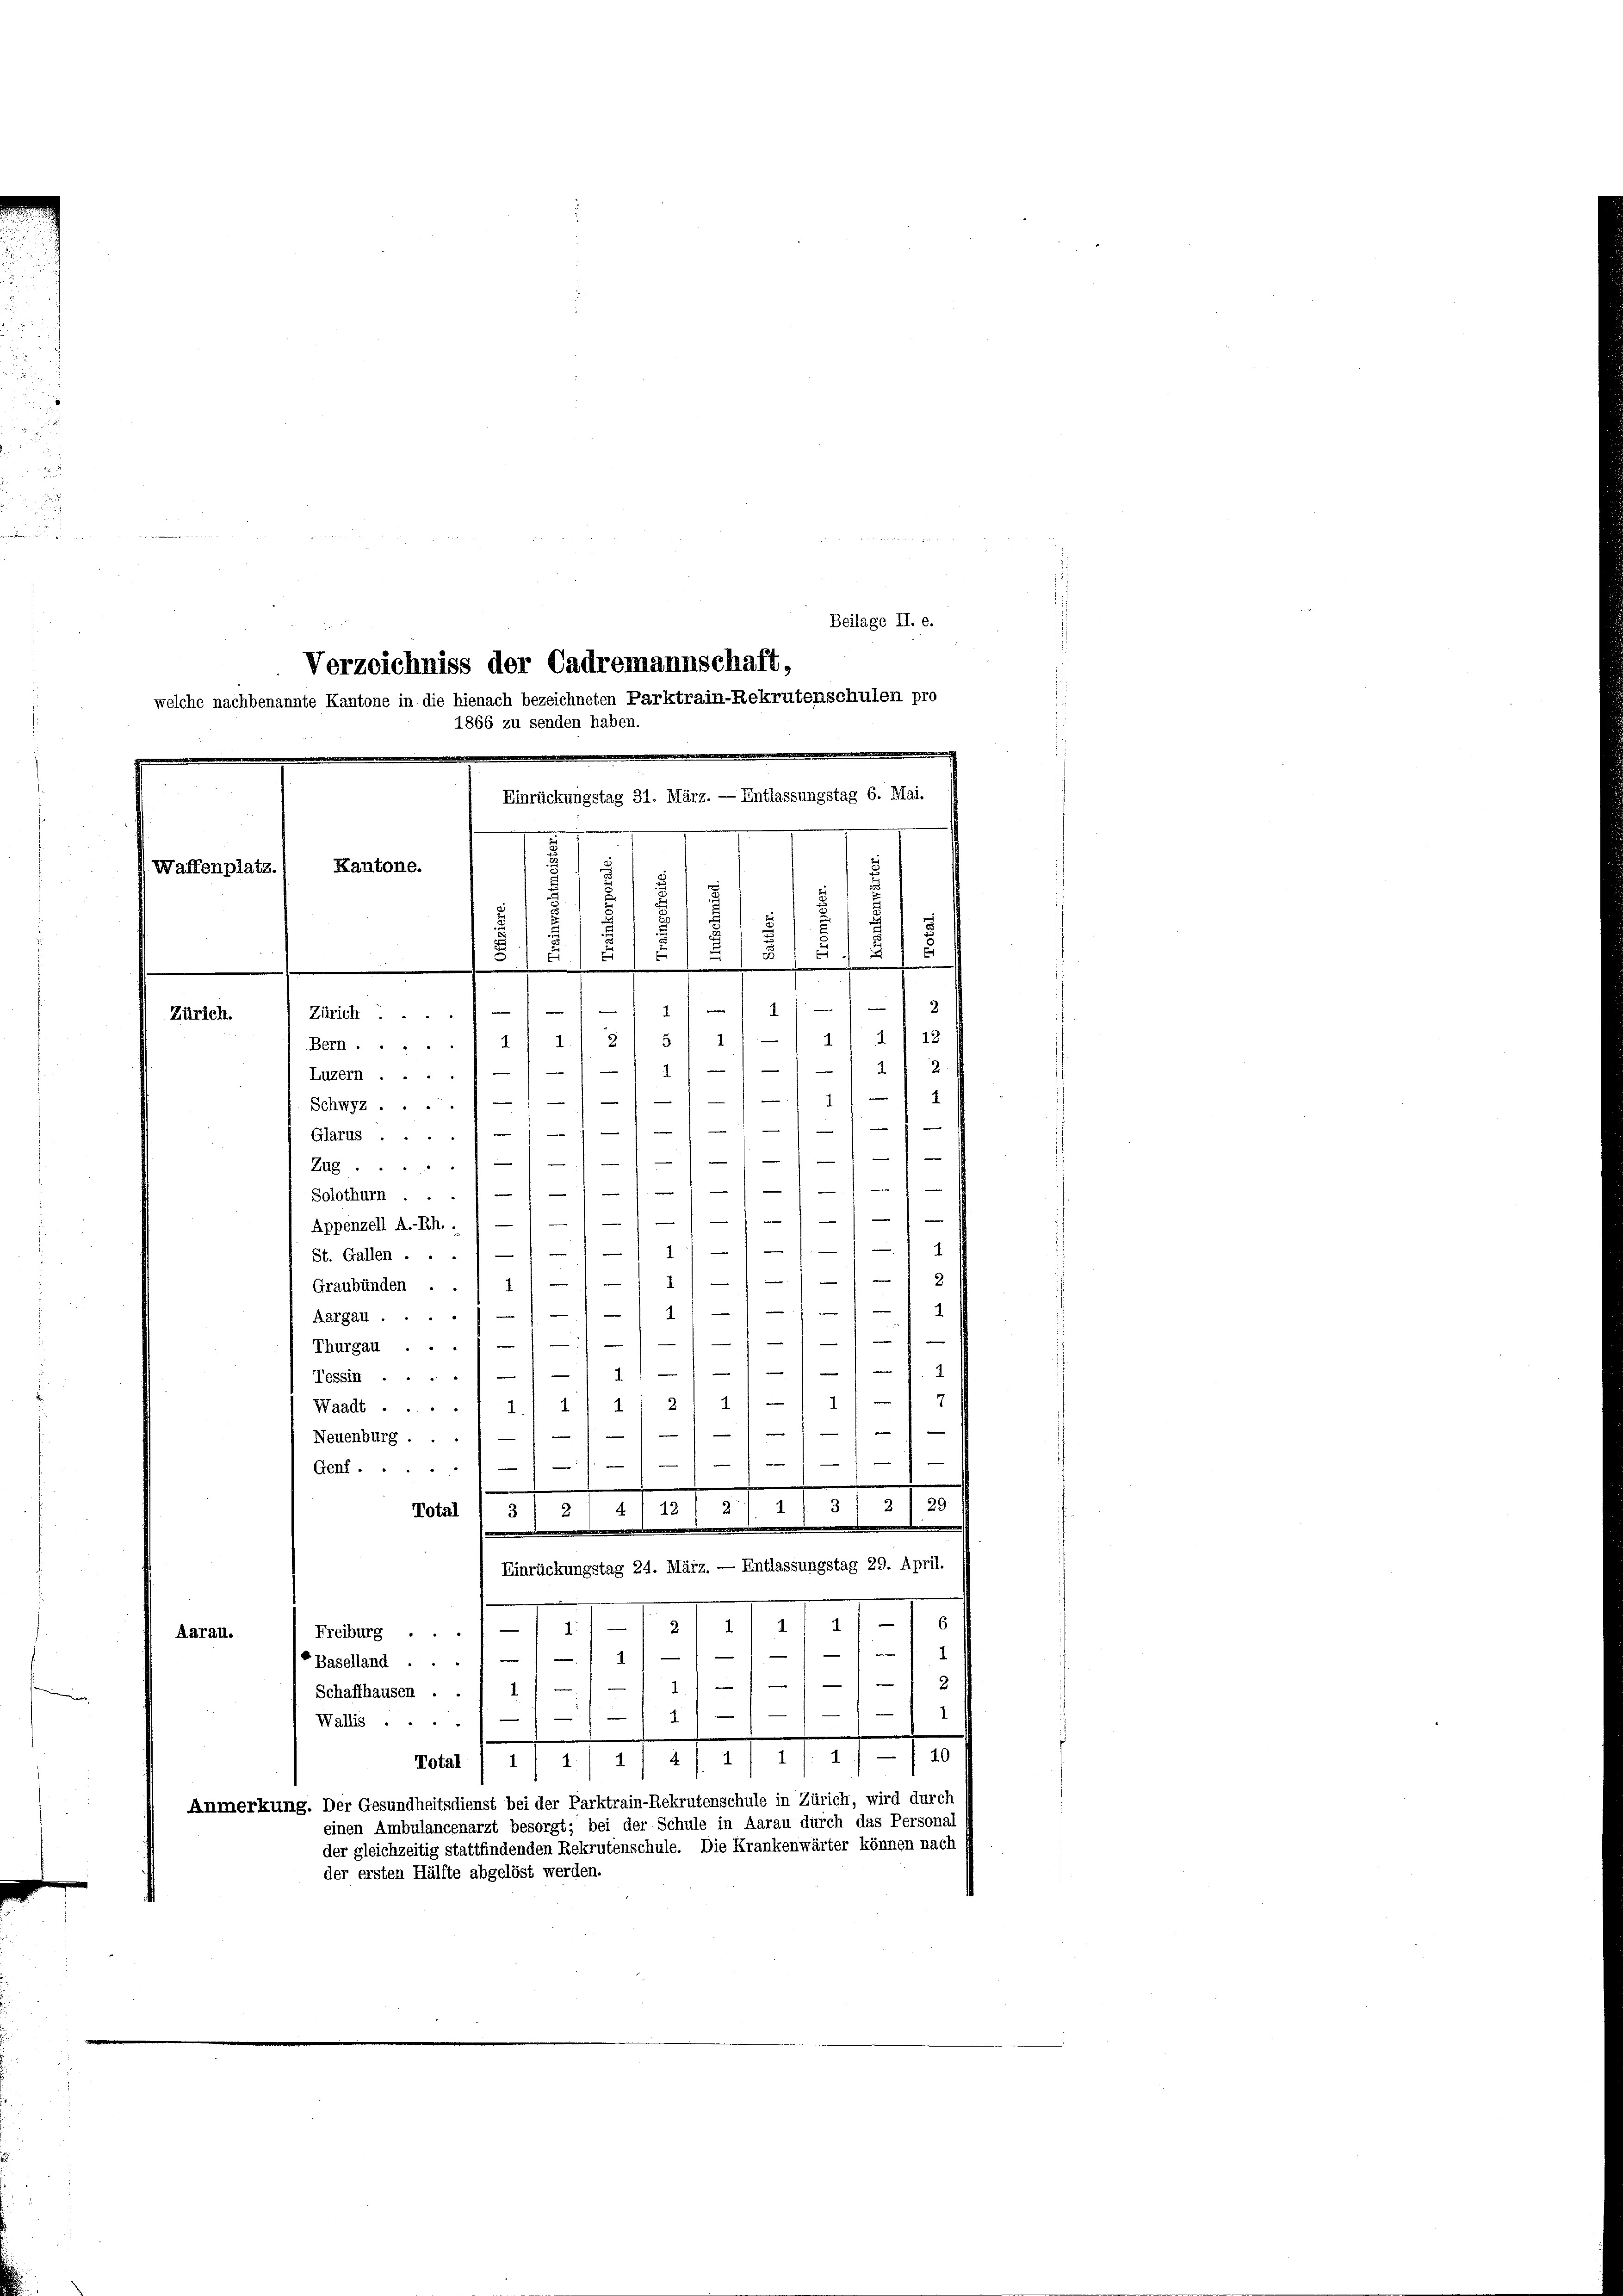
Beilage II. e.

Verzeichniss der Cadremannschaft,
welche nachbenannte Kantone in die hienach bezeichneten Parktrain-Rekrutenschulen pro
1866 zu senden haben.
Einrückungstag 31. März. — Entlassungstag 6. Mai.
e

Kantone.
Waffenplatz.
d
f
d
.
)
.
3
—
|
1
e
Zürich.
Zürich.
14 " 12
2
4
Bern.....

Luzern....
1
1
Schwyz)  1

Glarus

n
Zug. 1
Solothurn./11/1

Appenzell A.-Rh. .
1

St. Gallen ...
2.

1
e
Graubünden . . 11
e
1 11
Aargau.
Thurgau ...///-1 - 11/1
Tessin./// 1/ — 1 - - - -
d./ 4) u 2 1/ -) 1/
Waadt .....
1

Neuenburg . .
1

Genf
s
2
3
29
1
4 I 121 2
Mart. 1575
Einrückungstag 24. März. — Entlassungstag 29. April.
6
II
2.
.
Freiburg . .
Aarau.
)
4
Baselland ...
4. 1
Schaffhausen . . 1 11 —
 2/
Wallis ....
.
aag 111 2/4 112 1/2
Anmerkung. Der Gesundheitsdienst bei der Parktrain-Rekrutenschule in Zürich, wird durch
einen Ambulancenarzt besorgt; bei der Schule in Aarau durch das Personal
der gleichzeitig stattfindenden Rekrutenschule. Die Krankenwärter können nach
der ersten Hälfte abgelöst werden.

1
2
.
1
e